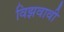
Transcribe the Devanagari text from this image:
विझवावी